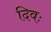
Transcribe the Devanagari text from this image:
दिवः